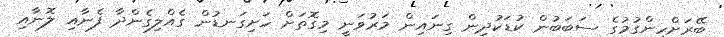
ބޭރަށްހިންގުމުގެ ސަބަބުން ކުޑަކުދިން ގިނައިން މަރުވަނީ މިގޮތަށް ހަށިގަނޑުން ގެއްލިގެންދާ ފެނާއި ލޮނާއި